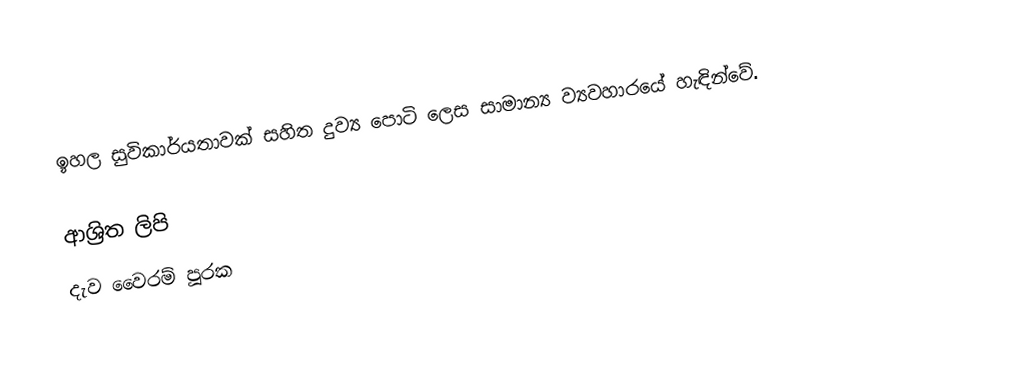
ඉහල සුවිකාර්යතාවක් සහිත දුව්‍ය පොටි ලෙස සාමාන්‍ය ව්‍යවහාරයේ හැඳින්වේ.

ආශ්‍රිත ලිපි
 දැව වෛරම් පූරක